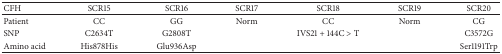
<table><thead><tr><td><b>CFH</b></td><td><b>SCR15</b></td><td><b>SCR16</b></td><td><b>SCR17</b></td><td><b>SCR18</b></td><td><b>SCR19</b></td><td><b>SCR20</b></td></tr></thead><tbody><tr><td>Patient</td><td>CC</td><td>GG</td><td>Norm</td><td>CC</td><td>Norm</td><td>CG</td></tr><tr><td>SNP</td><td>C2634T</td><td>G2808T</td><td> </td><td>IVS21 + 144C &gt; T</td><td> </td><td>C3572G</td></tr><tr><td>Amino acid</td><td>His878His</td><td>Glu936Asp</td><td> </td><td> </td><td> </td><td>Ser1191Trp</td></tr></tbody></table>